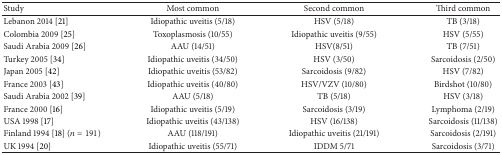
| Study | Most common | Second common | Third common |
 | --- | --- | --- | --- |
 | Lebanon 2014 [21] | Idiopathic uveitis (5/18) | HSV (5/18) | TB (3/18) |
 | Colombia 2009 [25] | Toxoplasmosis (10/55) | Idiopathic uveitis (9/55) | HSV (5/55) |
 | Saudi Arabia 2009 [26] | AAU (14/51) | HSV(8/51) | TB (7/51) |
 | Turkey 2005 [34] | Idiopathic uveitis (34/50) | HSV (3/50) | Sarcoidosis (2/50) |
 | Japan 2005 [42] | Idiopathic uveitis (53/82) | Sarcoidosis (9/82) | HSV (7/82) |
 | France 2003 [43] | Idiopathic uveitis (40/80) | HSV/VZV (10/80) | Birdshot (10/80) |
 | Saudi Arabia 2002 [39] | AAU (5/18) | TB (5/18) | HSV (3/18) |
 | France 2000 [16] | Idiopathic uveitis (5/19) | Sarcoidosis (3/19) | Lymphoma (2/19) |
 | USA 1998 [17] | Idiopathic uveitis (43/138) | HSV (16/138) | Sarcoidosis (11/138) |
 | Finland 1994 [18] (n = 191) | AAU (118/191) | Idiopathic uveitis (21/191) | Sarcoidosis (2/191) |
 | UK 1994 [20] | Idiopathic uveitis (55/71) | IDDM 5/71 | Sarcoidosis (3/71) |